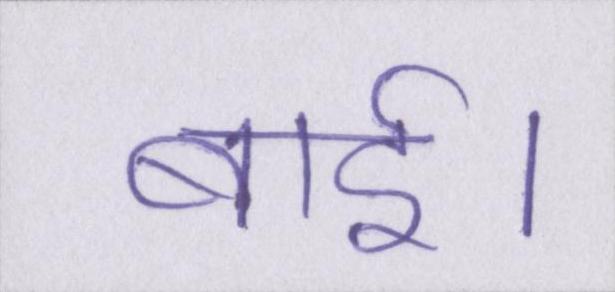
बाई।